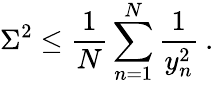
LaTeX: \Sigma^{2}\le\frac{1}{N}\sum_{n=1}^{N}\frac{1}{y_{n}^{2}}\: .